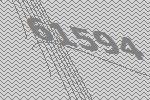
61594